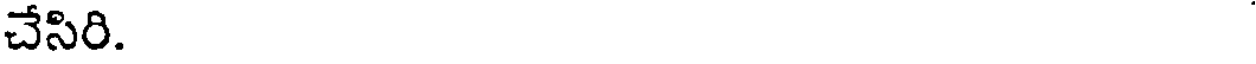
చేసిరి.